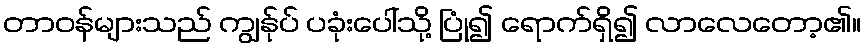
တာဝန်များသည် ကျွန်ုပ် ပခုံးပေါ်သို့ ပြုံ၍ ရောက်ရှိ၍ လာလေတော့၏။